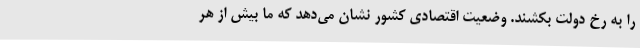
را به رخ دولت بکشند. وضعیت اقتصادی کشور نشان می‌دهد که ما بیش از هر